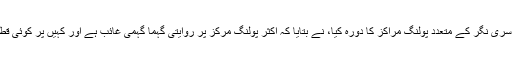
ایک ذرائع نے بتایا کہ سری نگر کے متعدد پولنگ مراکز کا دورہ کیا، نے بتایا کہ اکثر پولنگ مرکز پر روایتی گہما گہمی غائب ہے اور کہیں پر کوئی قطاریں نہیں لگ گئی ہیں۔